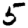
Digit: 5